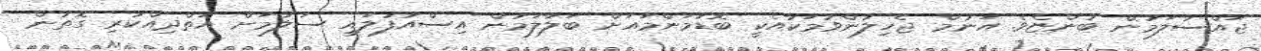
ޖައްސާލަމުން ބުންޏެވެ. އަނުމް ޖެހިލުންވުމަކާއެކީ ބޮޑުމަންމައަށް ބަލާލަމުން އިސްއުފުލައި ސަލާމަށް އަތްދިއްކުރި ގޮތުން